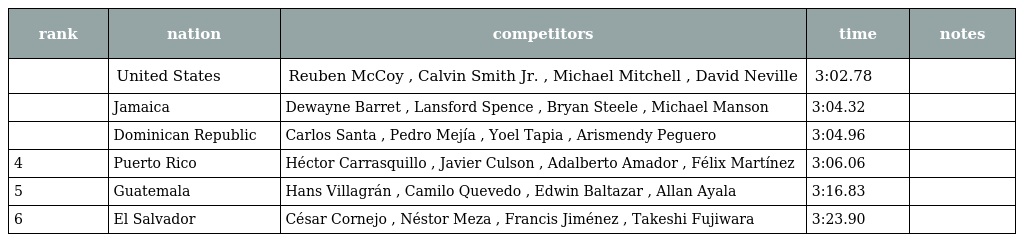
| rank | nation | competitors | time | notes |
 | --- | --- | --- | --- | --- |
 |  | United States | Reuben McCoy , Calvin Smith Jr. , Michael Mitchell , David Neville | 3:02.78 |  |
 |  | Jamaica | Dewayne Barret , Lansford Spence , Bryan Steele , Michael Manson | 3:04.32 |  |
 |  | Dominican Republic | Carlos Santa , Pedro Mejía , Yoel Tapia , Arismendy Peguero | 3:04.96 |  |
 | 4 | Puerto Rico | Héctor Carrasquillo , Javier Culson , Adalberto Amador , Félix Martínez | 3:06.06 |  |
 | 5 | Guatemala | Hans Villagrán , Camilo Quevedo , Edwin Baltazar , Allan Ayala | 3:16.83 |  |
 | 6 | El Salvador | César Cornejo , Néstor Meza , Francis Jiménez , Takeshi Fujiwara | 3:23.90 |  |